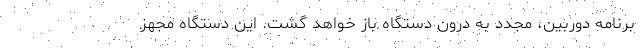
برنامه دوربین، مجدد به درون دستگاه باز خواهد گشت. این دستگاه مجهز